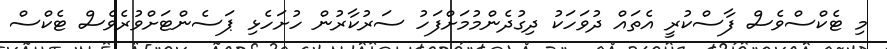
މި ޓެކްސްވެސް ފާސްކުރީ އެތައް ދުވަހަކު ދިގުދެންމުމަށްފަހު ސަރުކާރުން ހުށަހެޅި ޕަސެންޓަށްވުރެވެސް ޓެކްސް